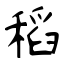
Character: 稻